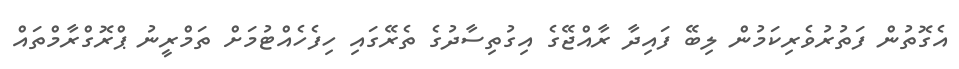
އެގޮތުން ފަތުރުވެރިކަމުން ލިބޭ ފައިދާ ރާއްޖޭގެ އިގުތިސާދުގެ ތެރޭގައި ހިފެހެއްޓުމަށް ތަމްރީނު ޕްރޮގްރާމްތައް